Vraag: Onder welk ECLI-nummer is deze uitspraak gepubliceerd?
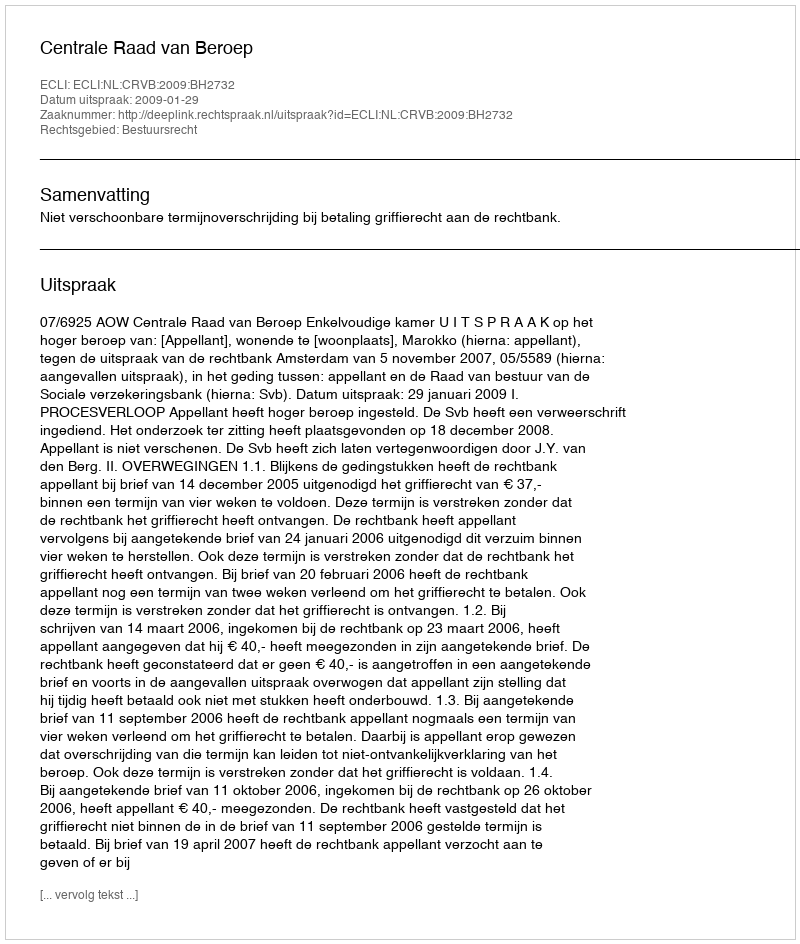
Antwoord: ECLI:NL:CRVB:2009:BH2732